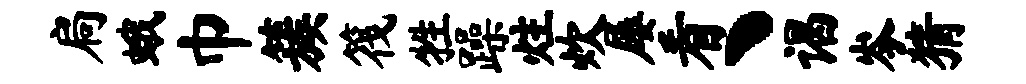
扃蛾巾簇筏牲躁炷炊屡看丶谒岑猜